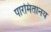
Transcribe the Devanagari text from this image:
पारमितानय